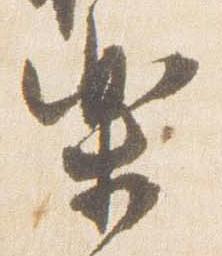
楽